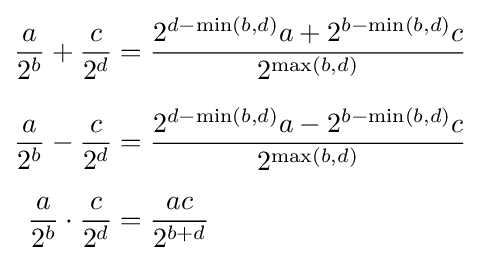
{\begin{aligned}{\frac {a}{2^{b}}}+{\frac {c}{2^{d}}}&={\frac {2^{d-\min(b,d)}a+2^{b-\min(b,d)}c}{2^{\max(b,d)}}}\\[6px]{\frac {a}{2^{b}}}-{\frac {c}{2^{d}}}&={\frac {2^{d-\min(b,d)}a-2^{b-\min(b,d)}c}{2^{\max(b,d)}}}\\[6px]{\frac {a}{2^{b}}}\cdot {\frac {c}{2^{d}}}&={\frac {ac}{2^{b+d}}}\end{aligned}}